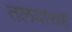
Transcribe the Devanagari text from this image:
तलवासह